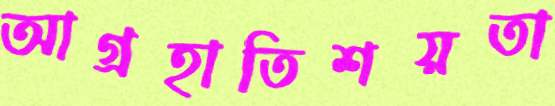
আগ্রহাতিশয়তা